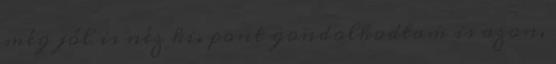
még jól is néz ki. pont gondolkodtam is azon,